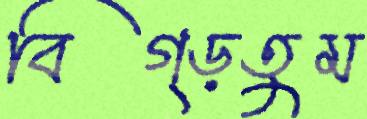
বিগ্‌ড়তুম